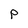
Character: P